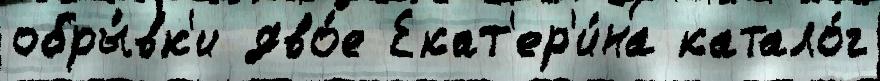
обры́вк'и дво́е Екат'ер'и́на катало́г